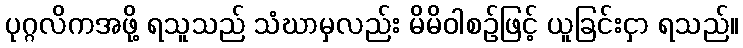
ပုဂ္ဂလိကအဖို့ ရသူသည် သံဃာမှလည်း မိမိဝါစဉ်ဖြင့် ယူခြင်းငှာ ရသည်။